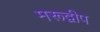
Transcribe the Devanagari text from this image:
मरूद्वीप